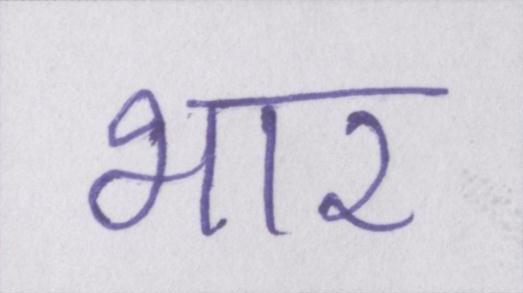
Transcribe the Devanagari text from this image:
भार